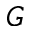
G